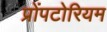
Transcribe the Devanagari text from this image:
प्रोंपटोरियम